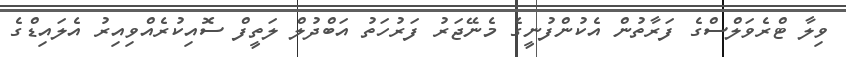
ވިލާ ޓްރެވަލްސްގެ ފަރާތުން އެކުންފުނީގެ މެނޭޖަރު ފަރުހަތު އަބްދުލް ލަތީފް ސޮއިކުރެއްވިއިރު އެލައިޑްގެ